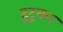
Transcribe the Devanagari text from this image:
टूटूकर